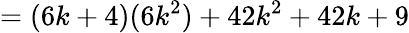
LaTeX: =(6k+4)(6k^{2})+42k^{2}+42k+9